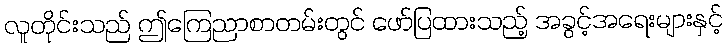
လူတိုင်းသည် ဤကြေညာစာတမ်းတွင် ဖော်ပြထားသည့် အခွင့်အရေးများနှင့်